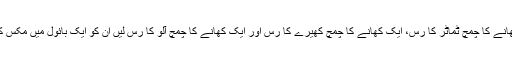
ایک کھانے کا چمچ ٹماٹر کا رس، ایک کھانے کا چمچ کھیرے کا رس اور ایک کھانے کا چمچ آلو کا رس لیں اِن کو ایک بائول میں مکس کر لیں ۔